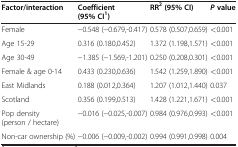
<table><thead><tr><td><b>Factor/interaction</b></td><td><b>Coefficient (95% CI<sup>1</sup>)</b></td><td><b>RR<sup>2</sup> (95% CI)</b></td><td><b><i>P</i> value</b></td></tr></thead><tbody><tr><td>Female</td><td>−0.548 (−0.679,-0.417)</td><td>0.578 (0.507,0.659)</td><td>&lt;0.001</td></tr><tr><td>Age 15-29</td><td>0.316 (0.180,0.452)</td><td>1.372 (1.198,1.571)</td><td>&lt;0.001</td></tr><tr><td>Age 30-49</td><td>−1.385 (−1.569,-1.201)</td><td>0.250 (0.208,0.301)</td><td>&lt;0.001</td></tr><tr><td>Female &amp; age 0-14</td><td>0.433 (0.230,0.636)</td><td>1.542 (1.259,1.890)</td><td>&lt;0.001</td></tr><tr><td>East Midlands</td><td>0.188 (0.012,0.364)</td><td>1.207 (1.012,1.440)</td><td>0.037</td></tr><tr><td>Scotland</td><td>0.356 (0.199,0.513)</td><td>1.428 (1.221,1.671)</td><td>&lt;0.001</td></tr><tr><td>Pop density (person / hectare)</td><td>−0.016 (−0.025,-0.007)</td><td>0.984 (0.976,0.993)</td><td>&lt;0.001</td></tr><tr><td>Non-car ownership (%)</td><td>−0.006 (−0.009,-0.002)</td><td>0.994 (0.991,0.998)</td><td>0.004</td></tr></tbody></table>